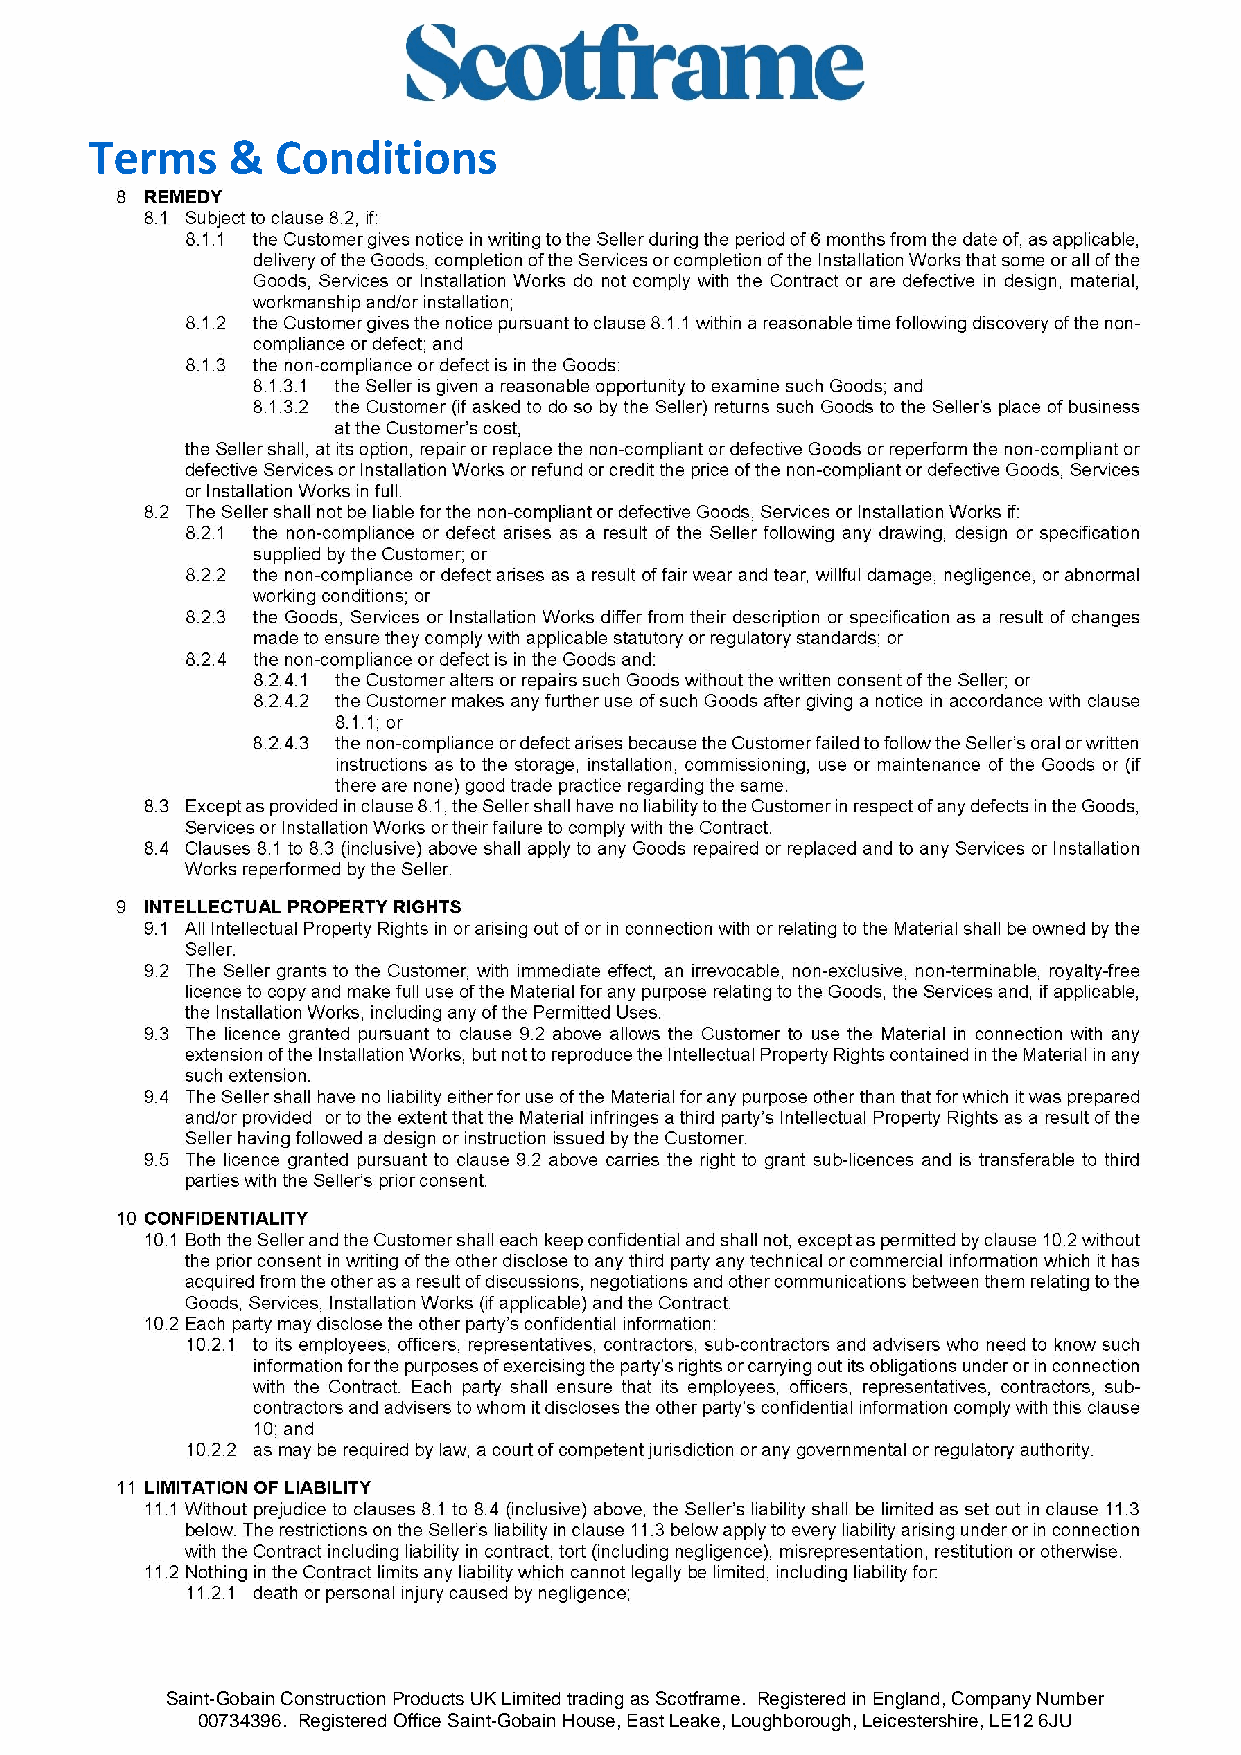
Terms    &  Conditions
 Saint-Gobain Construction Products UK Limited trading as Scotframe. Registered in England, Company Number
 00734396. Registered Office Saint-Gobain House, East Leake, Loughborough, Leicestershire, LE12 6JU